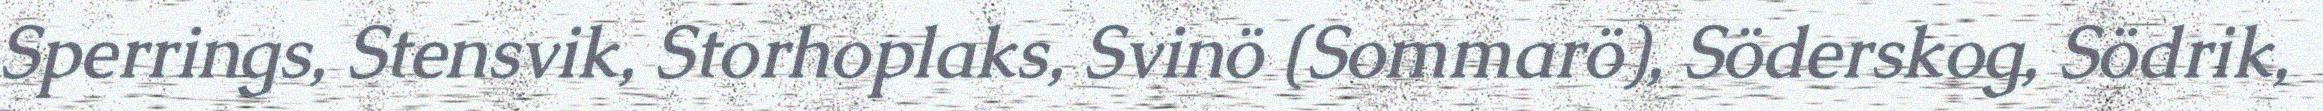
Sperrings, Stensvik, Storhoplaks, Svinö (Sommarö), Söderskog, Södrik,